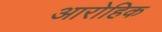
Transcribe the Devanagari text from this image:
आरोहिक